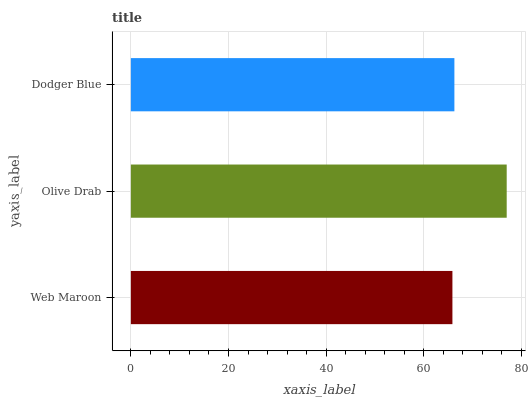
| yaxis_label | bars |
 | --- | --- |
 | Web Maroon | 65.9 |
 | Olive Drab | 77 |
 | Dodger Blue | 66.3 |